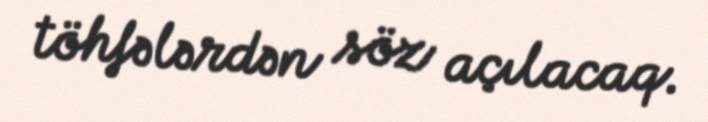
töhfələrdən söz açılacaq.